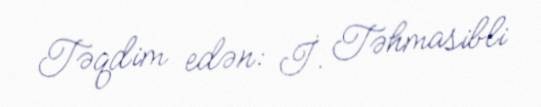
Təqdim edən: İ. Təhmasibli